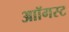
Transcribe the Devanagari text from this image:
आॉगस्ट